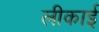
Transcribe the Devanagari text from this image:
लीकाई